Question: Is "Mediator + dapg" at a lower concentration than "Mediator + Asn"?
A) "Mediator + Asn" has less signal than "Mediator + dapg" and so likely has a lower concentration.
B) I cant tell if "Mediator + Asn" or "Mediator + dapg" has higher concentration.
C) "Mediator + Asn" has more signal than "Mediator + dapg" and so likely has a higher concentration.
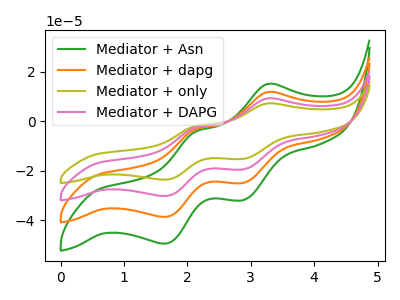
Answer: <think>The green curve "Mediator + Asn" has anodic peaks at (3.25V, 15.05uA) (2.10V, -4.35uA) and cathodic peaks at (2.90V, -31.90uA) (1.65V, -49.55uA). The orange curve "Mediator + dapg" has anodic peaks at (3.25V, 11.75uA) (2.10V, -3.40uA) and cathodic peaks at (2.90V, -24.95uA) (1.65V, -38.75uA). The olive curve "Mediator + only" has anodic peaks at (3.25V, 35.25uA) (2.10V, -10.20uA) and cathodic peaks at (2.90V, -74.80uA) (1.65V, -116.20uA). The pink curve "Mediator + DAPG" has anodic peaks at (3.25V, 23.50uA) (2.10V, -6.80uA) and cathodic peaks at (2.90V, -49.85uA) (1.65V, -77.45uA).
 All the peaks in "Mediator + Asn" have a peak in "Mediator + dapg" at the same potential.</think>
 <answer>B) I cant tell if "Mediator + Asn" or "Mediator + dapg" has higher concentration.</answer>
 <eval>B</eval>